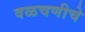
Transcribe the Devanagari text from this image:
वळचणीचे